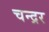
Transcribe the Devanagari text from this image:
चन्द्रर